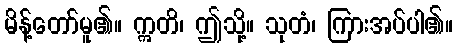
မိန့်တော်မူ၏။ ဣတိ၊ ဤသို့။ သုတံ၊ ကြားအပ်ပါ၏။